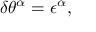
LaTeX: \delta \theta ^ { \alpha } = \epsilon ^ { \alpha } ,